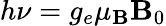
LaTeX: h\nu=g_{e}\mu_{\mathbf{B}}\mathbf{B}_{0}